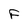
Character: F